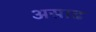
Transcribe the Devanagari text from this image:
असाढ